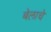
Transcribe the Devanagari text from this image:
बेलाचे